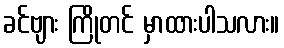
ခင်ဗျား ကြိုတင် မှာထားပါသလား။